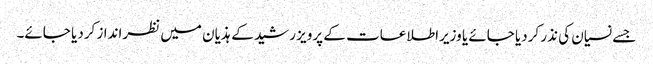
جسے نسیان کی نذر کردیا جائے یا وزیراطلاعات کے پرویز رشید کے ہذیان میں نظرانداز کردیا جائے۔